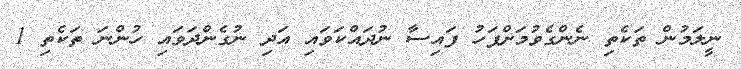
ނީލަމުން ތަކެތި ނެންގެވުމަށްފަހު ފައިސާ ނުދައްކަވައި އަދި ނުގެންދަވައި ހުންނަ ތަކެތި 1